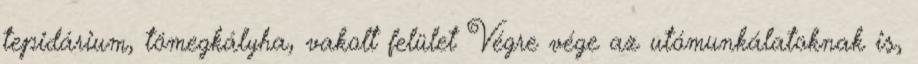
tepidárium, tömegkályha, vakolt felület Végre vége az utómunkálatoknak is,